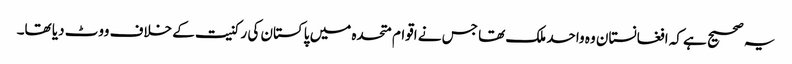
یہ صحیح ہے کہ افغانستان وہ واحد ملک تھا جس نے اقوام متحدہ میں پاکستان کی رکنیت کے خلاف ووٹ دیا تھا۔